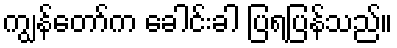
ကျွန်တော်က ခေါင်းခါ ပြရပြန်သည်။